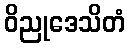
ဝိညုဒေသိတံ